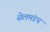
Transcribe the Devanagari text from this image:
सेलमंडप